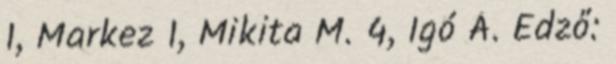
1, Markez 1, Mikita M. 4, Igó Á. Edző: